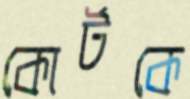
কোর্টকে